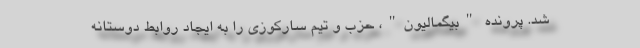
شد. پرونده "بیگمالیون"، حزب و تیم سارکوزی را به ایجاد روابط دوستانه